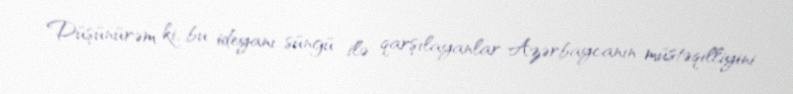
Düşünürəm ki, bu ideyanı süngü ilə qarşılayanlar Azərbaycanın müstəqilliyini